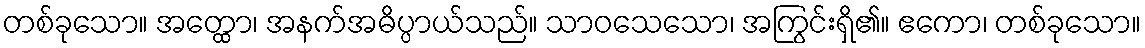
တစ်ခုသော။ အတ္ထော၊ အနက်အဓိပ္ပာယ်သည်။ သာဝသေသော၊ အကြွင်းရှိ၏။ ဧကော၊ တစ်ခုသော။